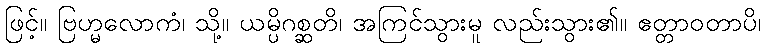
ဖြင့်။ ဗြဟ္မလောကံ၊ သို့။ ယမ္ပိဂစ္ဆတိ၊ အကြင်သွားမူ လည်းသွား၏။ ဧတ္တာဝတာပိ၊